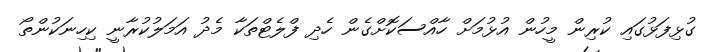
ގުޅިފަޅުގައި ކުރިން މީހުން އުޅުމަށް ހާއްސަކޮށްގެން ހެދި ފްލެޓްތަކާ މެދު އަމަލުކުރާނީ ކިހިނަކުންތޯ